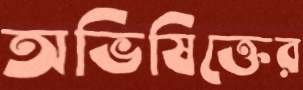
অভিষিক্তের